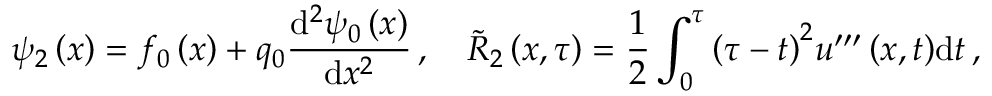
{ \psi } _ { 2 } \left( x \right) = { f } _ { 0 } \left( x \right) + { q } _ { 0 } \frac { \mathrm { d } ^ { 2 } { \psi } _ { 0 } \left( x \right) } { \mathrm { d } { x } ^ { 2 } } \, , \quad { \widetilde R } _ { 2 } \left( x , { \tau } \right) = \frac { 1 } { 2 } \int _ { 0 } ^ { { \tau } } { { \left( { \tau } - t \right) } ^ { 2 } { u } ^ { { \prime } { \prime } { \prime } } \left( x , t \right) } { \mathrm { d } t } \, ,